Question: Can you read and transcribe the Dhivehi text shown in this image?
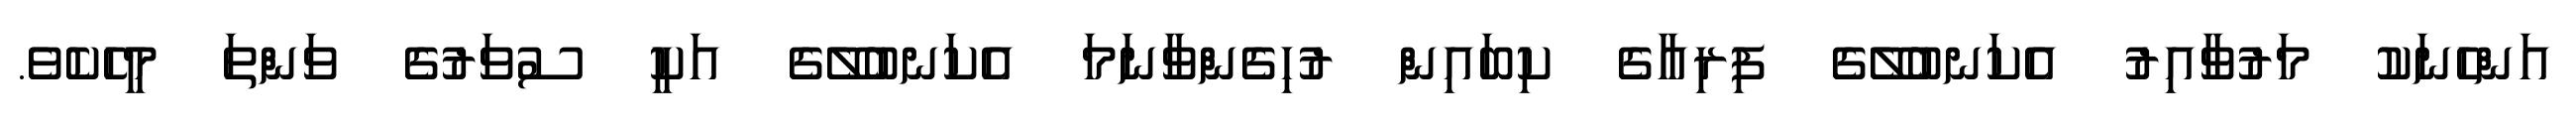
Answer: އަންހެނަކު މަރުވާއިރު އެކަނބުލޭގެ ފިރިއާގެ ކިބައިން ރުހިގެންވާނަމަ އެކަނބުލޭގެ އަކީ ސުވަރުގެ ވަންތަ މީހެކެވެ.